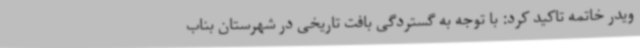
ویدر خاتمه تاکید کرد: با توجه به گستردگی بافت تاریخی در شهرستان بناب